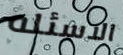
الاسئله